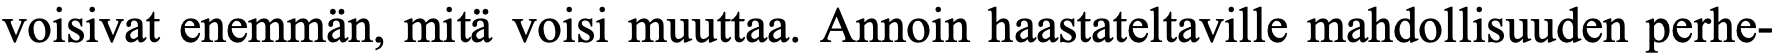
voisivat enemmän, mitä voisi muuttaa. Annoin haastateltaville mahdollisuuden perhe-